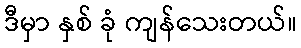
ဒီမှာ နှစ် ခုံ ကျန်သေးတယ်။